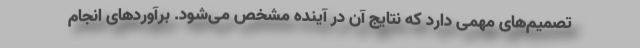
تصمیم‌های مهمی دارد که نتایج آن در آینده مشخص می‌شود. برآوردهای انجام